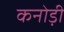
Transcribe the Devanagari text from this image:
कनोड़ी